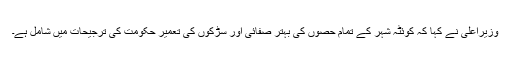
وزیراعلیٰ نے کہا کہ کوئٹہ شہر کے تمام حصوں کی بہتر صفائی اور سڑکوں کی تعمیر حکومت کی ترجیحات میں شامل ہے۔